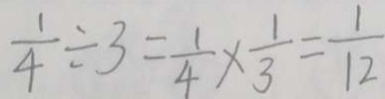
\frac { 1 } { 4 } \div 3 = \frac { 1 } { 4 } \times \frac { 1 } { 3 } = \frac { 1 } { 1 2 }